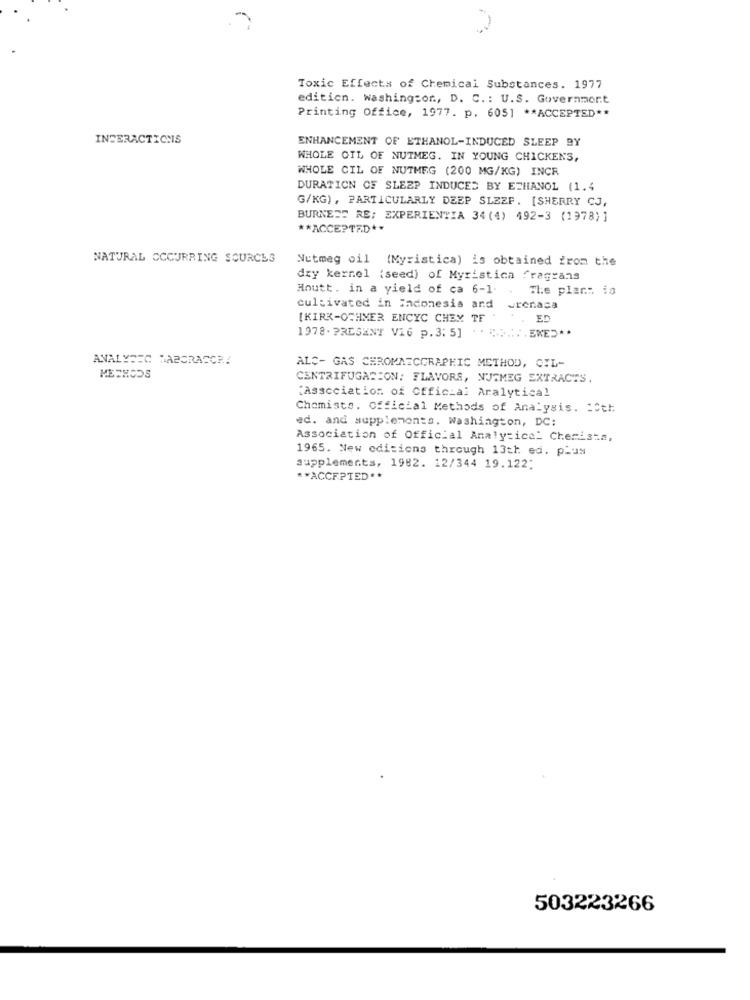
Toxic Effects of Chemical Substances. 1977
edition. washington, D. C .: U.S. Government
Printing Office, 1977. p. 6051 ** ACCEPTED **
INTERACTIONS
ENHANCEMENT OF ETHANOL-INDUCED SLEEP BY
WHOLE OIL OF NUTMEG. IN YOUNG CHICKENS,
WHOLE CIL OF NUTMEG (200 MG/KG) INCR
DURATION OF SLEEP INDUCED BY ETHANOL (1.4
G/KG), PARTICULARLY DEEP SLEZF. [SHERRY CJ,
BURNETT RS; EXPERIENTIA 34 (4) 492-3 (1978)]
** ACCEPTED **
NATURAL OCCURRING SOURCES
Nutmeg oil (Myristica) is obtained from the
dry kernel (seed) of Myristica fragrans
Houtt. in a yield of ca 6-1
The plan: is
cultivated in Indonesia and
urenaca
[KIRK-OCHMER ENCYC CHEX TE .
ED
1978. PRESENT V16 p.3: 5]
ANALYSEC MABORACCR!
ALC- GAS CHROMAICGRAPHIC METHOD, CIL-
CENTRIFUGATION: FLAVORS, NUTMEG EXTRACTS.
"Association of Official Analytical
Chemists. Official Methods of Analysis. 1Cth
ed. and supplements. Washington, DC:
Association of Official Analytica_ Chemists,
1965. New editions through 13th ed. plus
supplements, 1982. 12/344 19.122;
** ACCEPTED **
503223266